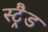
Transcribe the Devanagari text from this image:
स्ट्रैड